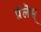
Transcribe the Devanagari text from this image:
प़ॅलॆस्